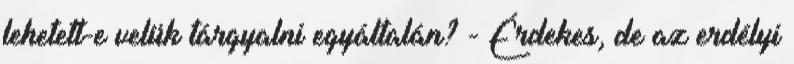
lehetett-e velük tárgyalni egyáltalán? - Érdekes, de az erdélyi